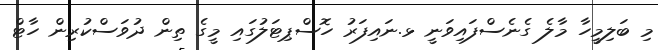
މި ބަލިމީހާ މާލެ ގެނެސްފައިވަނީ ޅ.ނައިފަރު ހޮސްޕިޓަލުގައި މީގެ ތިން ދުވަސްކުރިން ހާޓް